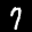
Label: 7